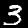
Label: 3